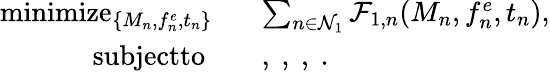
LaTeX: \begin{array}{rl}{\mathop{\textrm{minimize}}_{\left\{ {M_{n}},{f_{n}^{e}},{t_{n}}\right\} }\ \ \ }&{\sum_{n\in\mathcal{N}_{1}}\mathcal{F}_{1,n}({M_{n}},{f_{n}^{e}},{t_{n}}),}\\ {\textrm{subjectto}\ \ \ \ }&{,\ ,\ ,\ .}\end{array}